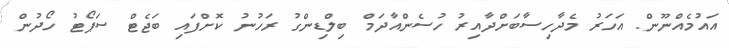
އައުމެއްނޫން. އަހަރު މެދާހިސާބަށްދާއިރު ހުސެންއާދަމް ބިލްޑިންގު ރަހުނު ކޮށްފައި ބަޖެޓް ސަޕޯޓު ހޯދުން